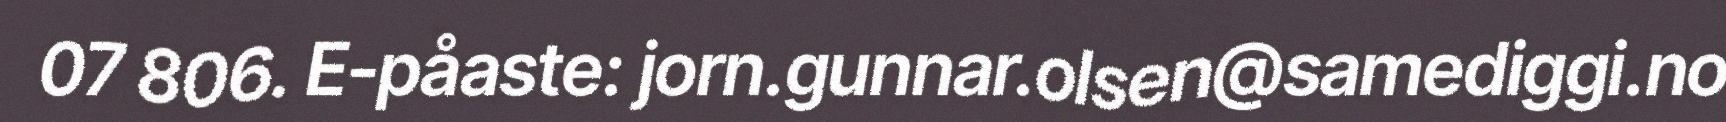
07 806. E-påaste: jorn.gunnar.olsen@samediggi.no